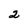
Character: 2